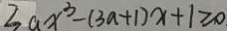
3 a x ^ { 3 } - ( 3 a + 1 ) x + 1 \geq 0